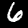
Digit: 6